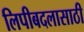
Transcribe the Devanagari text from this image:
लिपीबदलासाठी